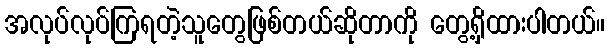
အလုပ်လုပ်ကြရတဲ့သူတွေဖြစ်တယ်ဆိုတာကို တွေ့ရှိထားပါတယ်။